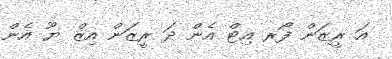
އަ ރީޒަން ފޯރ އިޓް އެން ދަ ރީޒަން އިޒް ޔޫ އެން